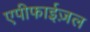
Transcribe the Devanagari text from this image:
एपीफाईज़ल